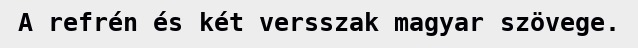
A refrén és két versszak magyar szövege.